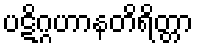
ပဋိဂ္ဂဟာနတိရိတ္တာ